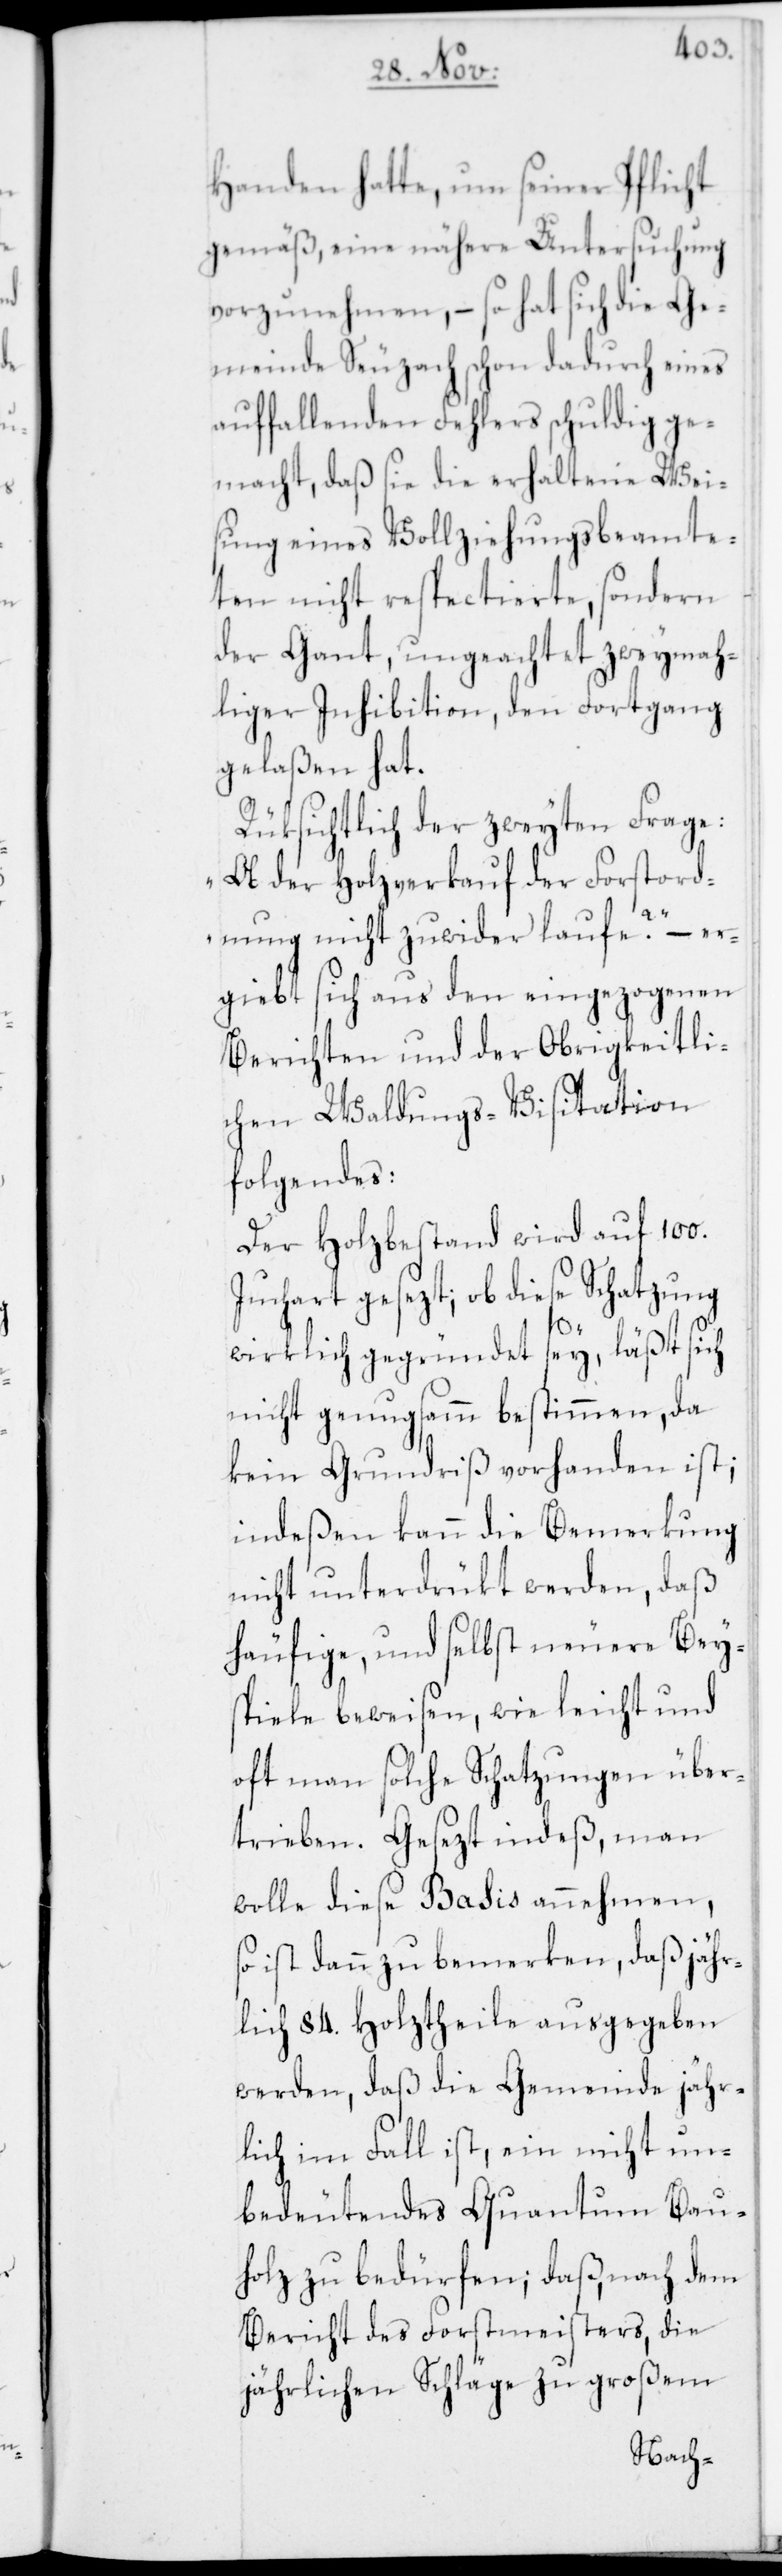
Handen hatte, um seiner Pflicht
gemäß, eine nähere Untersuchung
vorzunehmen, – so hat sich die Ge¬
meinde Seuzach schon dadurch eines
auffallenden Fehlers schuldig ge¬
macht, daß sie die erhaltene Wei¬
sung eines Vollziehungsbeamte¬
ten nicht respectierte, sondern
der Gant, ungeachtet zweymah¬
liger Inhibition, den Fortgang
gelaßen hat.
Rüksichtlich der zweyten Frage:
„Ob der Holzverkauf der Forstord¬
nung nicht zuwider laufe?“ – er¬
giebt sich aus den eingezogenen
Berichten und der Obrigkeitli¬
chen Waldungs-Visitation
folgendes:
Der Holzbestand wird auf 100.
Juchart gesezt; ob diese Schatzung
wirklich gegründet sey, läßt sich
nicht genugsamm bestimmen, da
kein Grundriß vorhanden ist;
indeßen kann die Bemerkung
nicht unterdrükt werden, daß
häufige, und selbst neuere Beys¬
piele beweisen, wie leicht und
oft man solche Schatzungen über¬
trieben. Gesezt indeß, man
wolle diese Basis annehmen,
so ist dann zu bemerken, daß jähr¬
lich 84. Holztheile ausgegeben
werden, daß die Gemeinde jähr¬
lich im Fall ist, ein nicht un¬
bedeutendes Quantum Bau¬
holz zu bedürfen; daß, nach dem
Bericht des Forstmeisters, die
jährlichen Schläge zu großem